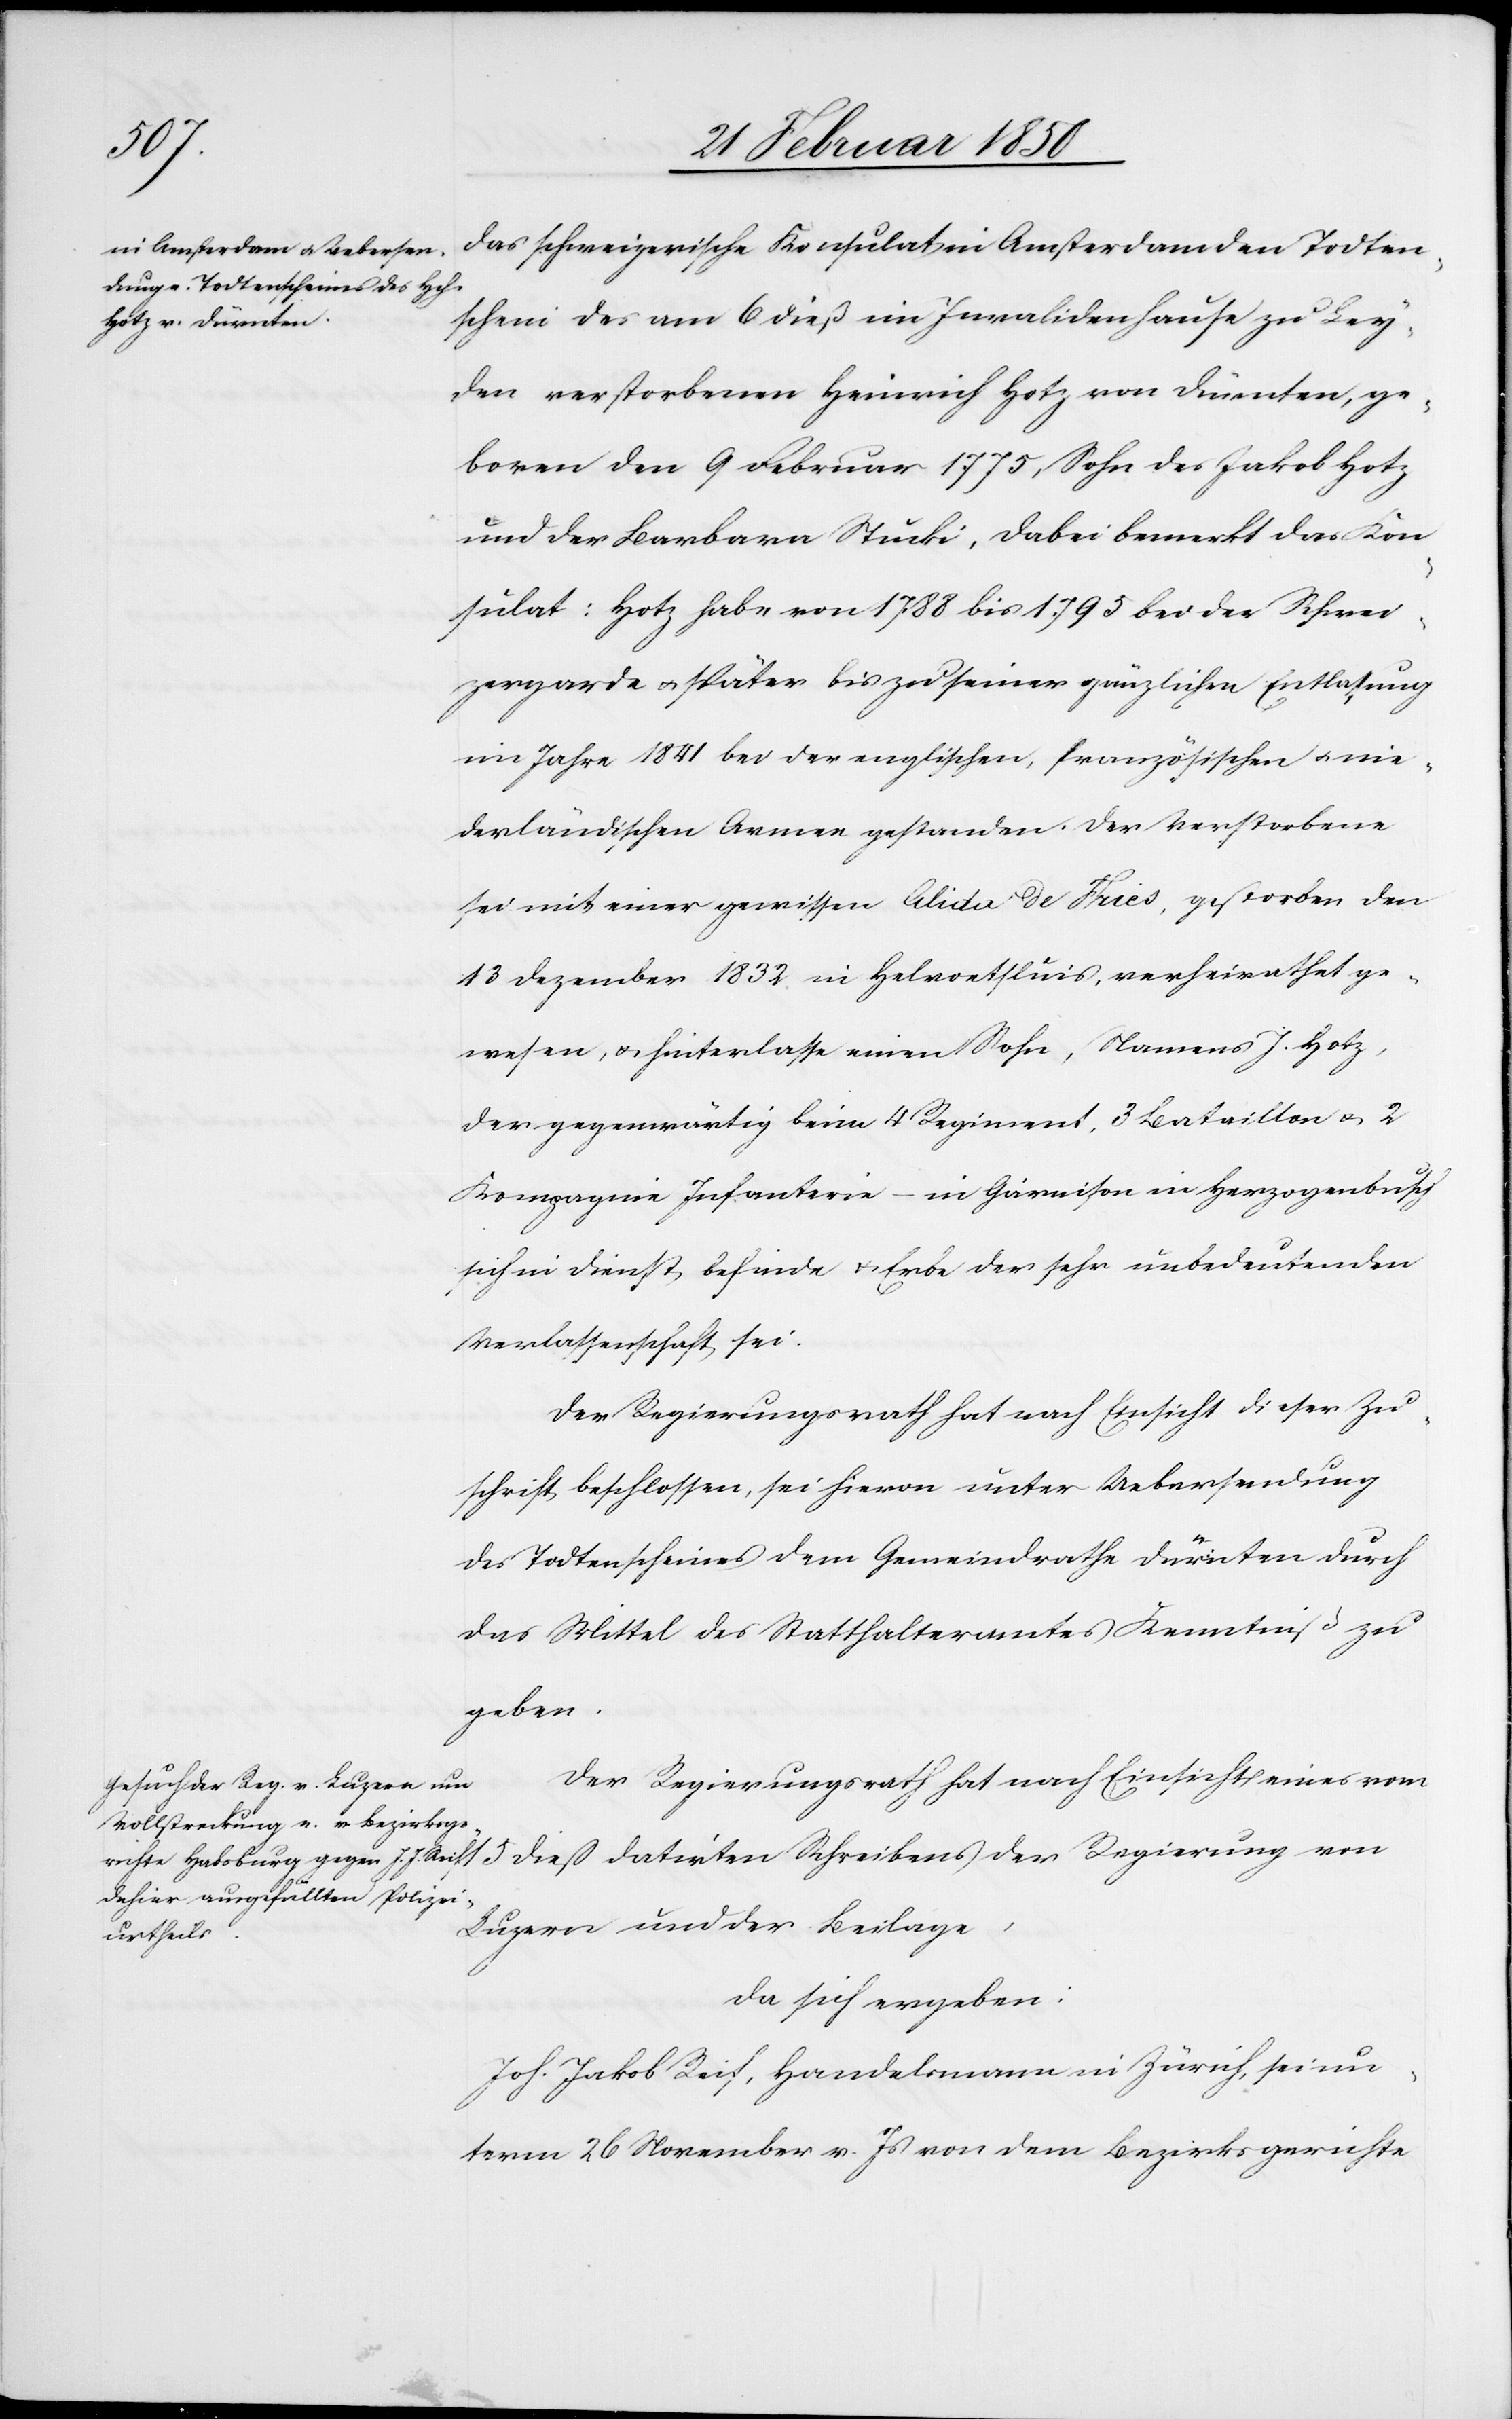
das schweizerische Konsulat in Amsterdam den Todten¬
schein des am 6 dieß im Invalidenhause zu Ley¬
den verstorbenen Heinrich Hotz von Dürnten, ge¬
boren den 9 Februar 1775, Sohn des Jakob Hotz
und der Barbara Stucki. Dabei bemerkt das Kon¬
sulat: Hotz habe von 1788 bis 1795 bei der Schwei¬
zergarde u. später bis zu seiner gänzlichen Entlasung
im Jahre 1841 bei der englischen, französischen u. nie¬
derländischen Armee gestanden. Der Verstorbene
sei mit einer gewissen Alicia de Fries, gestorben den
13 Dezember 1832 in Helvoetsluis, verheirathet ge¬
wesen, u. hinterlasse einen Sohn, Namens J. Hotz,
der gegenwärtig beim 4 Regiment, 3 Bataillon u. 2
Kompagnie Infanterie – in Garnison in Herzogenbuch
sich in Dienst befinde u. Erbe der sehr unbedeutenden
Verlassenschaft sei.
Der Regierungsrath hat nach Einsicht dieser Zu¬
schrift beschlossen, sei hievon unter Uebersendung
des Todtenscheines dem Gemeindrathe Dürnten durch
das Mittel des Statthalteramtes Kenntniß zu
geben.
Der Regierungsrath hat nach Einsicht eines vom
Luzern und der Beilage,
von
15
da sich ergeben:
Joh. Jakob Reif, Handelsmann in Zürich, sei un¬
term 26 November v. Js von dem Bezirksgerichte